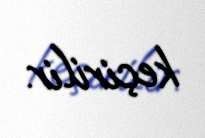
keçirilir.